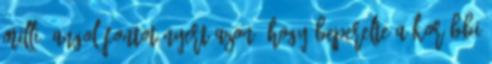
millió angol fontot nyert azon, hogy beperelte a korábbi